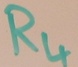
Text: R4